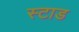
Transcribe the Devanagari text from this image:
स्टाड